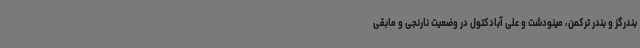
بندرگز و بندر ترکمن، مینودشت و علی آبادکتول در وضعیت نارنجی و مابقی